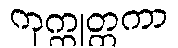
ကုက္ကုတ္ထကာ